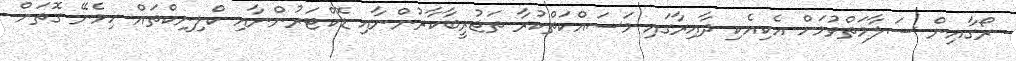
ރޯގާއިން ސަލާމަތްވުމަށް އެކިއެކި ދާއިރާގައި މަސައްކަތްކުރާ ތަޖުރީބާކާރުންނާއި ޑޮކްޓަރުންނާއި ކްލިނިކްތައް ހިމެނޭ ގޮތަށް